画像に写った文字を読んでください
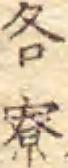
「各寮」と書いてあります